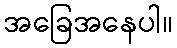
အခြေအနေပါ။